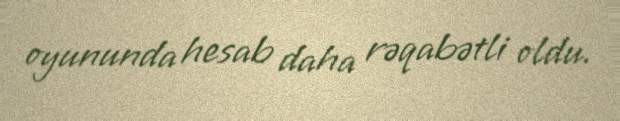
oyununda hesab daha rəqabətli oldu.